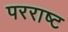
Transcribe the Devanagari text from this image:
परराष्ट